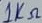
Text: 1KΩ